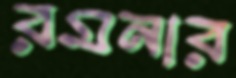
রমনার